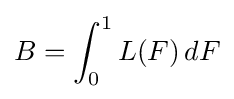
B=\int _{0}^{1}L(F)\,dF